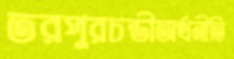
তরপুরচন্ডীঅর্থনীতি